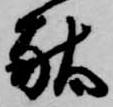
献